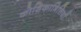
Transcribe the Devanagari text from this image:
कोशिकाभित्तियाँ